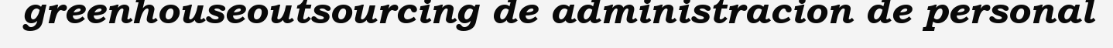
greenhouseoutsourcing de administracion de personal